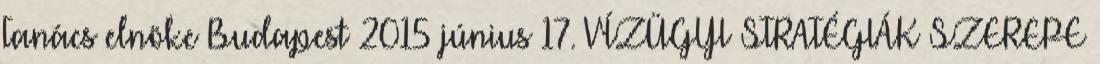
Tanács elnöke Budapest 2015 június 17. VÍZÜGYI STRATÉGIÁK SZEREPE